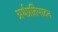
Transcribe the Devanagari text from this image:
अर्थप्रतिपादन